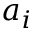
a _ { i }